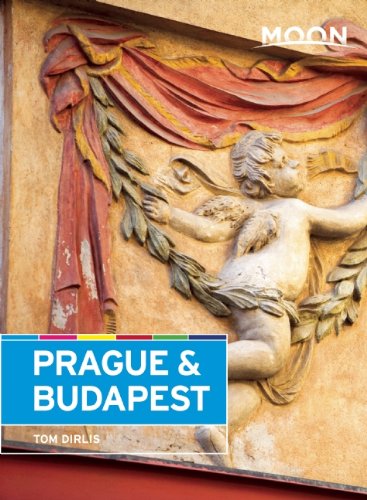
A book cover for Moon Prague & Budapest (Moon Handbooks); Tom Dirlis; Travel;